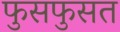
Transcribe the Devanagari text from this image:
फुसफुसत